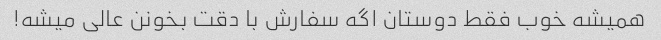
همیشه خوب فقط دوستان اگه سفارش با دقت بخونن عالی میشه!